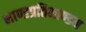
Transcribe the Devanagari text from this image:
भाण्डप्रतिभाण्डम